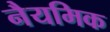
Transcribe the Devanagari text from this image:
नैयमिक